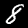
Digit: 8